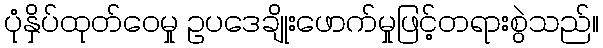
ပုံနှိပ်ထုတ်ဝေမှု ဥပဒေချိုးဖောက်မှုဖြင့်တရားစွဲသည်။